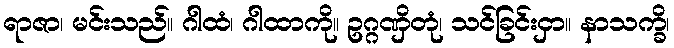
ရာဇာ၊ မင်းသည်။ ဂါထံ၊ ဂါထာကို။ ဥဂ္ဂဏှိတုံ၊ သင်ခြင်းငှာ။ နာသက္ခိ၊